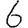
Digit: 6